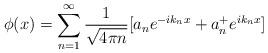
LaTeX: \begin{align*}\phi(x) = \sum^{\infty}_{n=1} {1 \over \sqrt{4\pi n}} [a_n e^{-ik_nx} + a^+_ne^{ik_nx}]\end{align*}